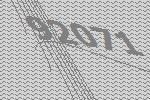
92071